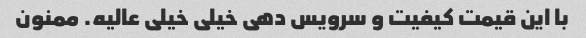
با این قیمت کیفیت و سرویس دهی خیلی خیلی عالیه. ممنون